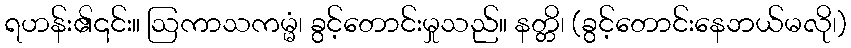
ရဟန်း၏၎င်း။ ဩကာသကမ္မံ၊ ခွင့်တောင်းမှုသည်။ နတ္တိ၊ (ခွင့်တောင်းနေဘယ်မလို၊)